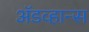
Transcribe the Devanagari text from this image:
अॅडव्हान्स